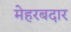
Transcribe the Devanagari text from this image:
मेहरबदार